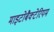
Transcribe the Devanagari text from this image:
माइटोबैक्टेरियम